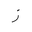
Letter: _zay